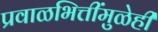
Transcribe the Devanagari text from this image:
प्रवाळभित्तींमुळेही